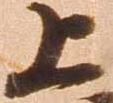
上